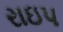
રાઇપ